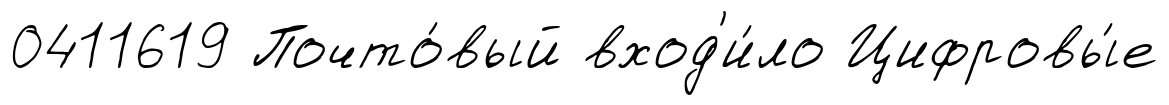
0411619 Почто́вый вход'и́ло Цифровы́е